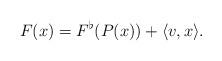
LaTeX: \begin{align*}F(x)=F^{\flat}(P(x))+\langle v, x\rangle.\end{align*}